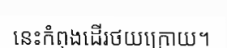
នេះកំពុងដើរថយក្រោយ។